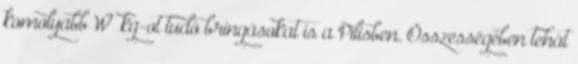
komolyabb W kg-ot tudó bringásokat is a Pilisben. Összességében tehát